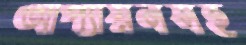
আপ্যায়নসহ